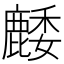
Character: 䴧